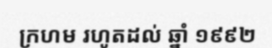
ក្រហម រហូតដល់ ឆ្នាំ ១៩៩២